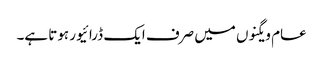
عام ویگنوں میں صرف ایک ڈرائیور ہوتا ہے۔